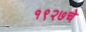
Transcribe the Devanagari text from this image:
१९२७चे